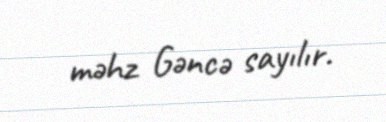
məhz Gəncə sayılır.